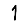
Digit: 1